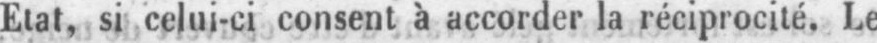
Etat, si celui-ci consent à accorder la réciprocité. Le